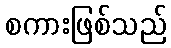
စကားဖြစ်သည်